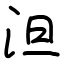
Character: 泹